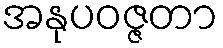
အနုပဝဇ္ဇတာ